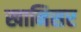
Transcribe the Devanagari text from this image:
खानिसर